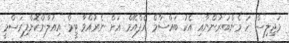
މަޖިލިސް ހަ މެންބަރުންނާއި އެކު ބައްސާމް އެފްއޭމް އަށް ނެރުއްވާ ޓީމް އިއުލާންކޮށްފިރަސްމީ